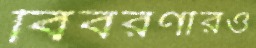
বিবরণীরও